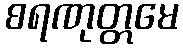
စရဏုတ္တမေ